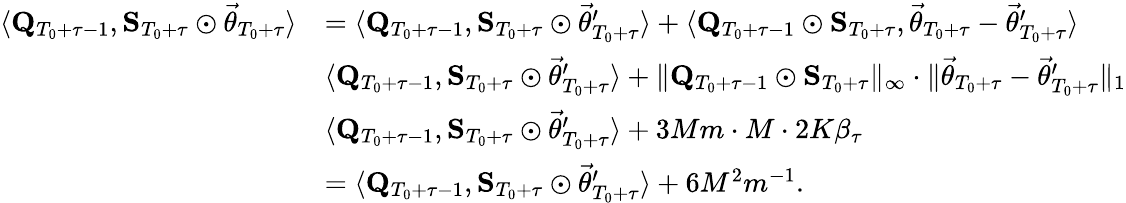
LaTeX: \begin{array}{rl}{\langle\mathbf Q_{T_{0}+\tau-1},\mathbf S_{T_{0}+\tau}\odot\vec{\theta}_{T_{0}+\tau}\rangle}&{=\langle\mathbf Q_{T_{0}+\tau-1},\mathbf S_{T_{0}+\tau}\odot\vec{\theta}_{T_{0}+\tau}^{\prime}\rangle+\langle\mathbf Q_{T_{0}+\tau-1}\odot\mathbf S_{T_{0}+\tau},\vec{\theta}_{T_{0}+\tau}-\vec{\theta}_{T_{0}+\tau}^{\prime}\rangle}\\ &{\le\langle\mathbf Q_{T_{0}+\tau-1},\mathbf S_{T_{0}+\tau}\odot\vec{\theta}_{T_{0}+\tau}^{\prime}\rangle+\lVert\mathbf Q_{T_{0}+\tau-1}\odot\mathbf S_{T_{0}+\tau}\rVert_{\infty}\cdot\lVert\vec{\theta}_{T_{0}+\tau}-\vec{\theta}_{T_{0}+\tau}^{\prime}\rVert_{1}}\\ &{\le\langle\mathbf Q_{T_{0}+\tau-1},\mathbf S_{T_{0}+\tau}\odot\vec{\theta}_{T_{0}+\tau}^{\prime}\rangle+3Mm\cdot M\cdot 2K\beta_{\tau}}\\ &{=\langle\mathbf Q_{T_{0}+\tau-1},\mathbf S_{T_{0}+\tau}\odot\vec{\theta}_{T_{0}+\tau}^{\prime}\rangle+6M^{2}m^{-1}.}\end{array}